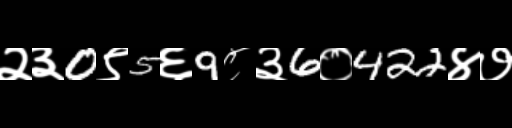
Text: २३0९5६9८३6०422४७